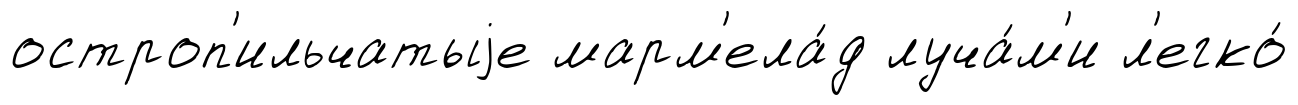
остроп'ильчатыjе марм'ела́д луча́м'и л'егко́